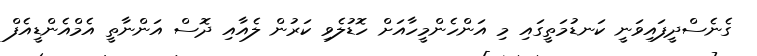
ގެނެސްދީފައިވަނީ ކަނޑުމަތީގައި މި އަންހެންމީހާއަށް ހޮޑުލެވި ކަރުން ލެއާއި ދޮސް އަންނާތީ އެމްއެންޑީއެފް